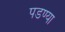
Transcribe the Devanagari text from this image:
पडण्या